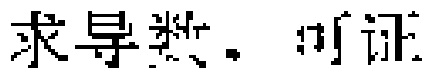
求导数. 可证